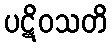
ပဋိဝသတိ